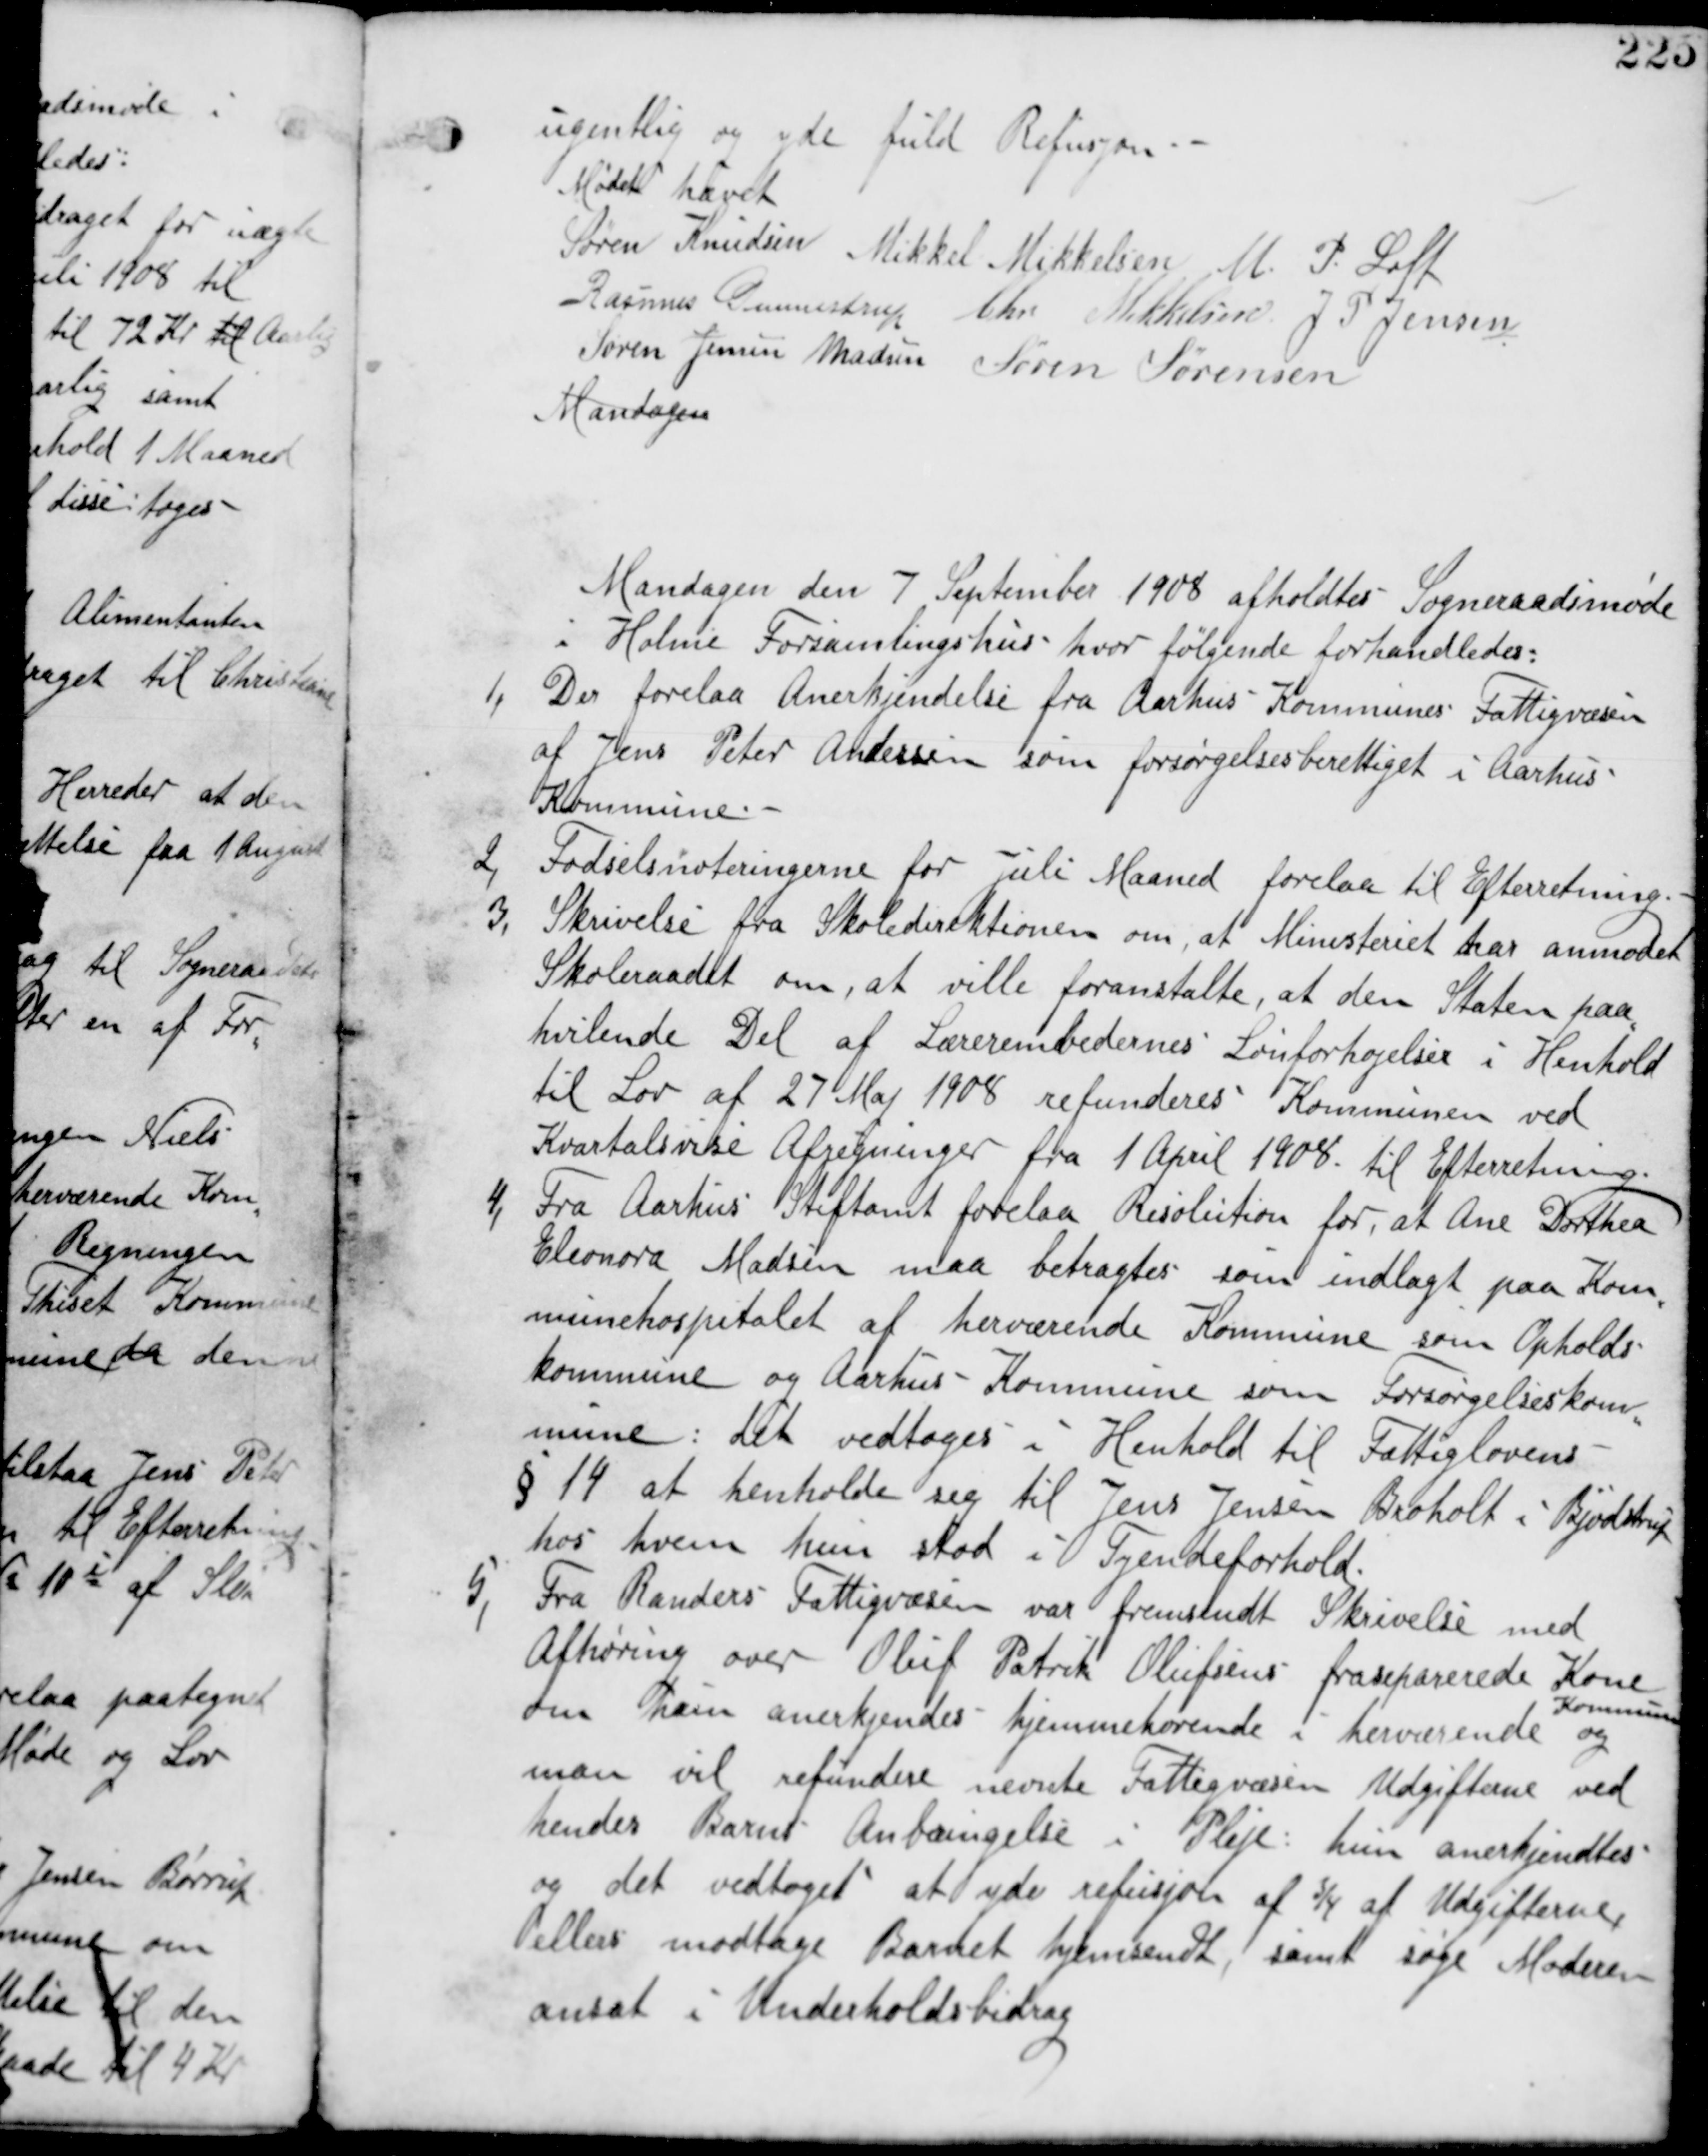
Transskription:
ugentlig og yde fuld Refusion

Mødet hævet
Søren Knudsen Mikkel Mikkelsen M P Loft
Rasmus Gunnestrup Chr Mikkelsen J P Jensen
Søren Jensen Madsen Søren Sørensen
Mandagen

Mandagen den 7 September 1908 afholdes Sogneraadsmøde
i Holme Forsamlingshus hvor følgende forhandledes:

1, Der forelaa Anerkjendelse fra Aarhus Kommunes Fattigvæsen
af Jens Peter Andersen som forsørgelsesberettiget i Aarhus
Kommune.

2, Fødselsnoteringerne for Juli Maaned forelaa til Efterretning.

3, Skrivelse fra Skoledirektionen om, at Ministeriet har anmodet
Skoleraadet om, at ville foranstalte, at den Staten paa
hvilende Del af Lærerembedernes Lønforhøjelser i Henhold
til Lov af 27 Maj 1908 refunderres Kommunen ved
Kvartalsvise Afregninger fra 1 April 1908 til Efterretning.

4, Fra Aarhus Stiftamt forelaa Resulotion for, at Ane Dorthea
Elenore Madsen maa betragtes som indlagt paa Kom
munehospitalet af herværende Kommune som Opholds
kommune og Aarhus Kommune som Forsørgelseskom
mune : det vedtages i Henhold til Fattiglovens
§14 at henholde sig til Jens Jensen Broholt i Bjødsstrup
hos hvem hun stod i Tyendeforhold.

5, Fra Randers Fattigvæsen var fremsendt Skrivelse med
Afhøring over Oluf Patrik Olufsens fraseparerede Kone
om hun anerkjendes hjemmehørende i herværende
Kommune
og
man vil refundere nevnte Fattigvæsen Udgifterne ved
hendes Barns Anbringelse i Pleje : hun anerkjendes
og det vedtages at yde refusion af 3/4 af Udgifterne
eller modtage Barnet hjemsendt, samt søge Noderen
ansat i Underholdsbidrag.